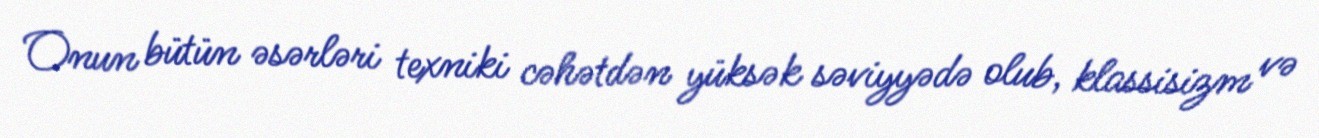
Onun bütün əsərləri texniki cəhətdən yüksək səviyyədə olub, klassisizm və